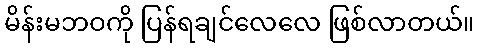
မိန်းမဘဝကို ပြန်ရချင်လေလေ ဖြစ်လာတယ်။